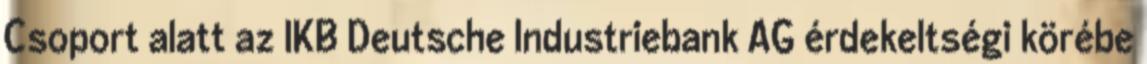
Csoport alatt az IKB Deutsche Industriebank AG érdekeltségi körébe